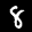
Label: 8